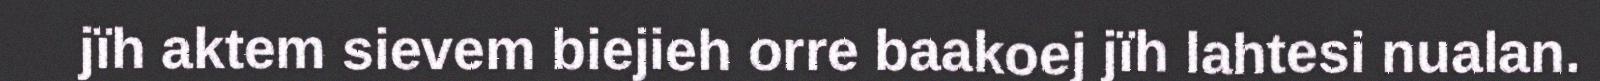
jïh aktem sievem biejieh orre baakoej jïh lahtesi nualan.